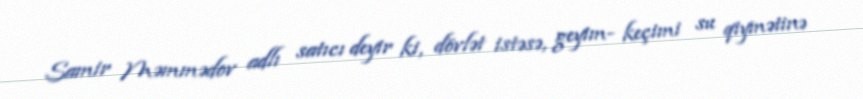
Samir Məmmədov adlı satıcı deyir ki, dövlət istəsə, geyim- keçimi su qiymətinə